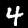
Digit: 4